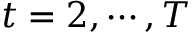
t = 2 , \cdots , T